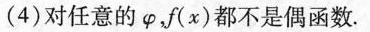
(4)对任意的\varphi ，f(x)都不是偶函数。